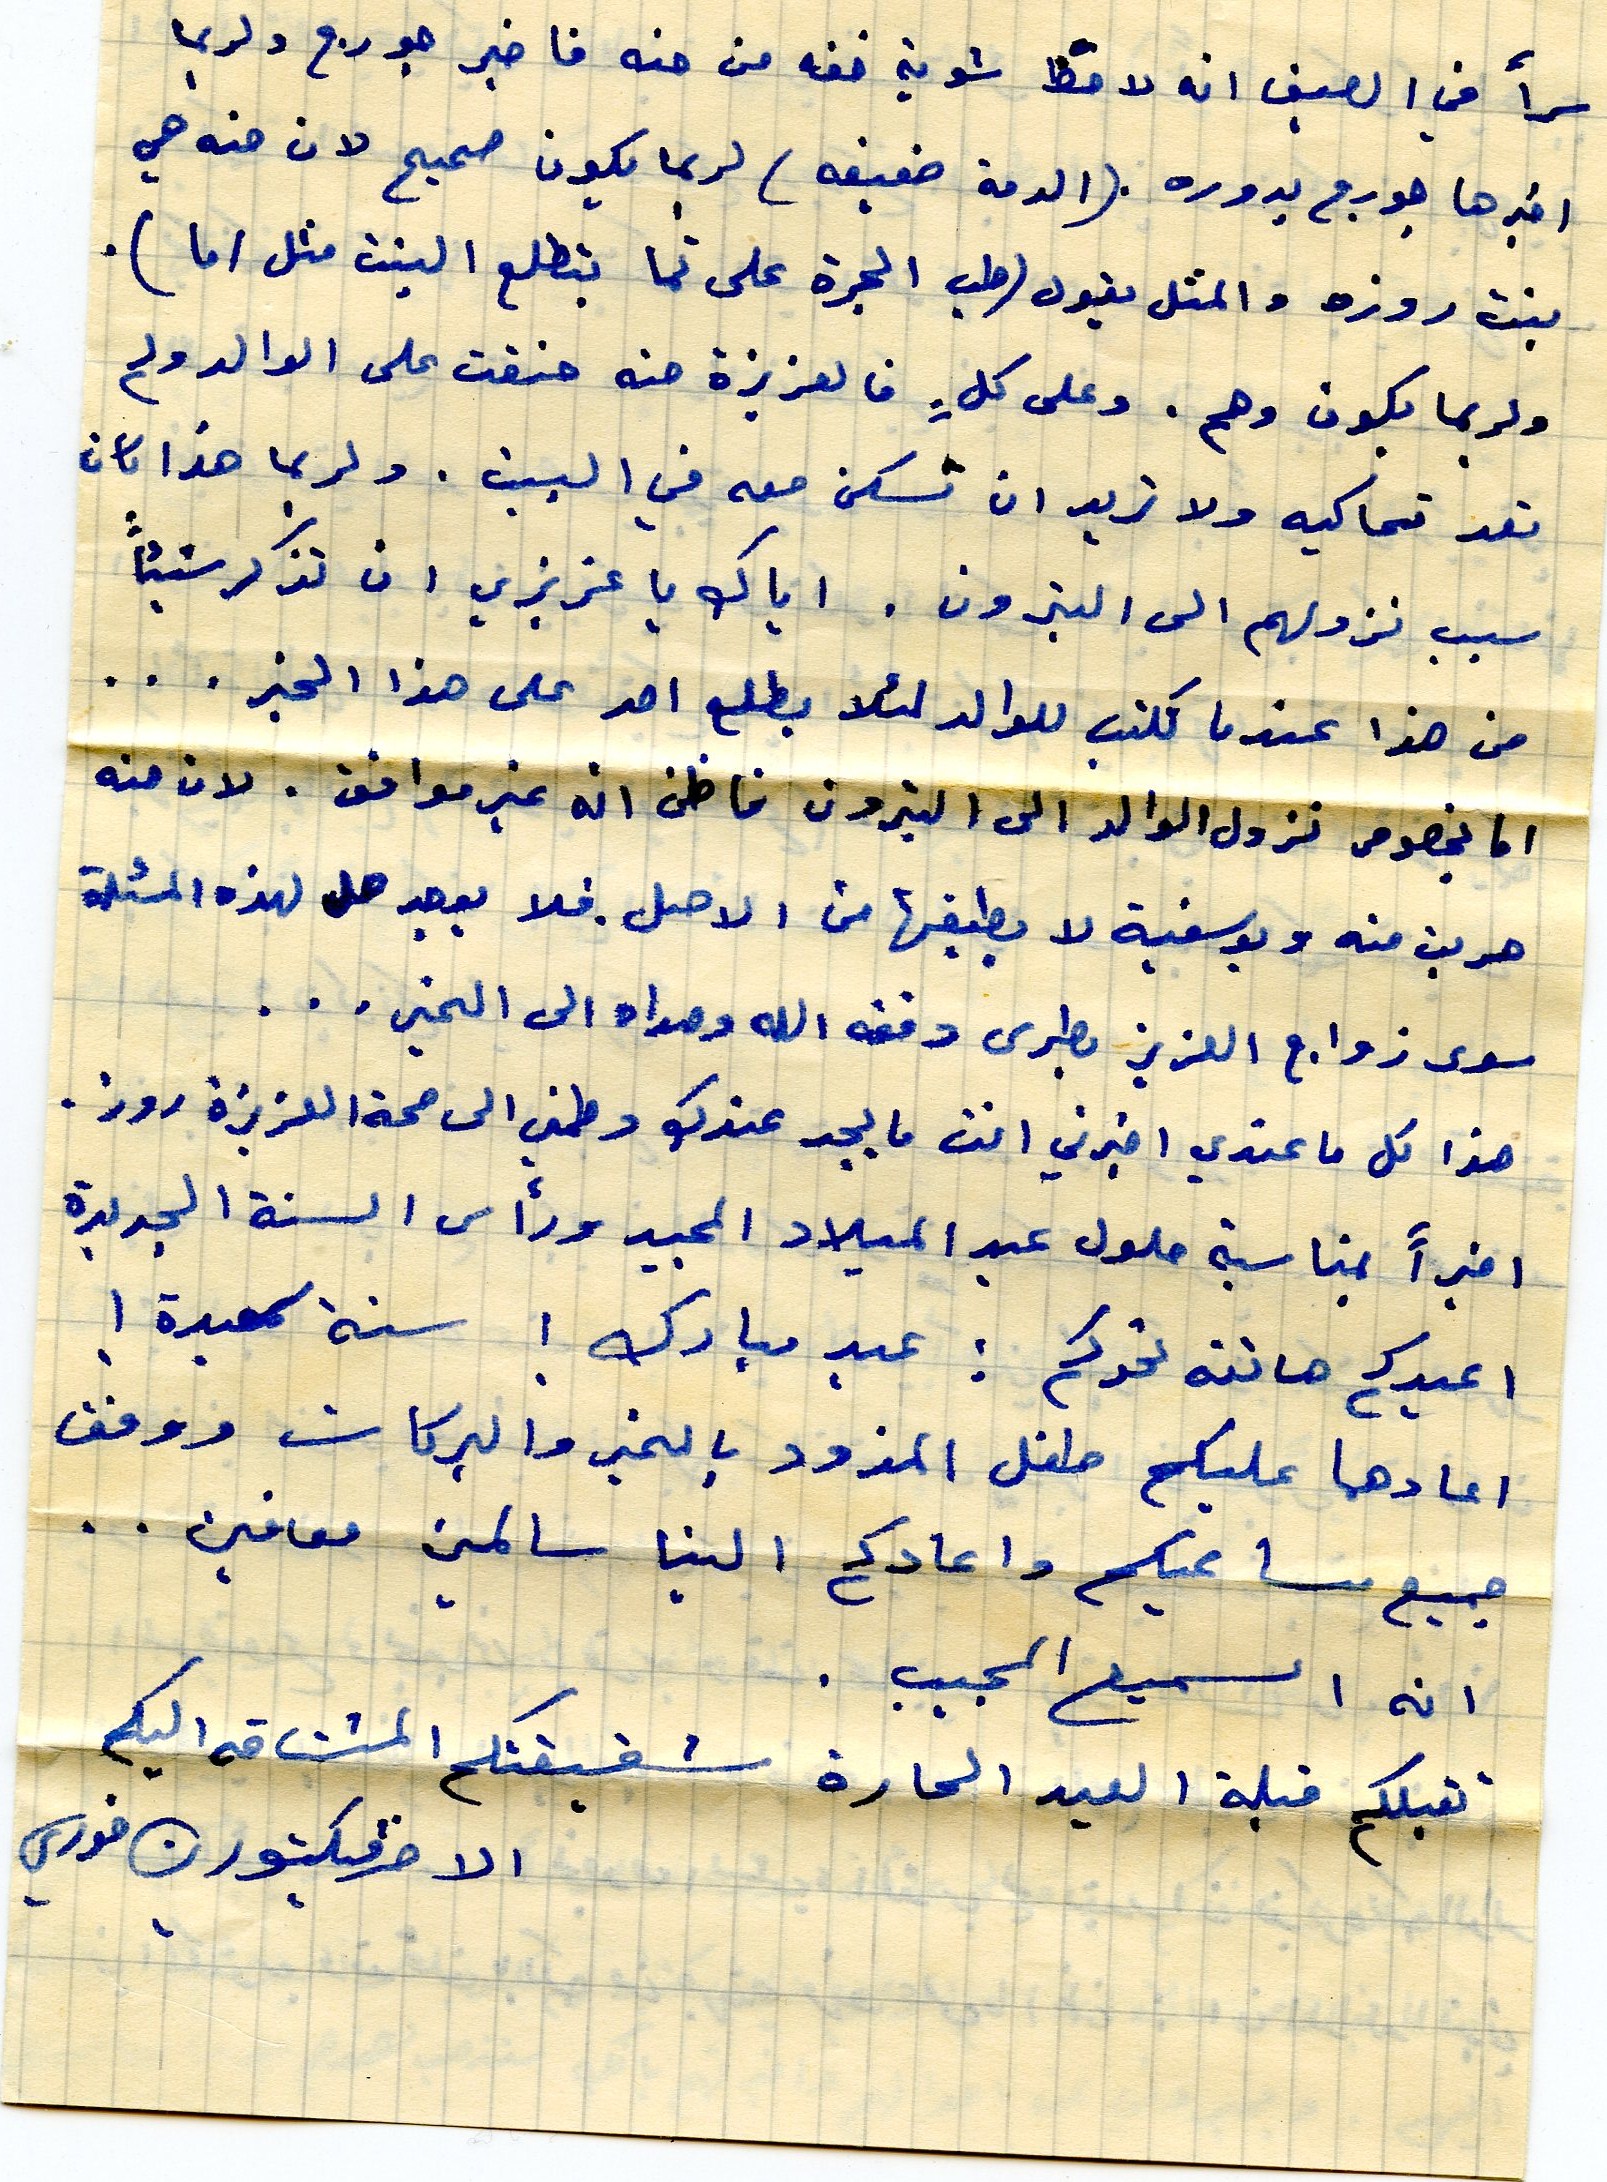
اسمأ في الصيف انه لاقط خفة من حنه فاخبر جورج ولربما
اخبرها جورج بدوره .(الدمة ضعيفه) لربما يكون صحيح لان حنه هي
بنت روزه والمثل يقول (طب الجرة على تما بتطلع النبت مثل اما).
ولربما بكون وهم. وعلى كلٍ فالعزيزة حنه حنقت على الوالد ولم
تعد تحاكيه ولا تريد ان تسكن معه في البيت. ولربما هذا كان
سبب نزولهم الى البترون . اياك يا عزيزي ان تذكر شيئاً
من هذا عندما تكتب للوالد لئلا يطلع احد على هذا الخبر...
اما بخصوص نزول الوالد الى البترون فاظن انه غير موافق . لان حنه
هربت منه ويوسفية لا يطيقها من الاصل. فلا يوجد حل لهذه المسئلة
سوى زواج العزيز بطرس وفقه الله وهداه الى الخير...
هذا كل ما عندي اخبرني انت ما يجد عندك وطمني الى صحة العزيزة روز.
اخيراً بمناسبة حلول عيد الميلاد المجيد ورأس السنة الجديدة
اعيدكم هاتنه تحدكم : عيد مبارك ! سنة سعيدة !
اعادها عليكم طفل المزود بالخير والبركات ووفق
جميع مساعيكم واعادكم الينا سالمين معافين...
انه اسميع المجيب .
تقبلكم قبلة العيد الحارة شقيقتكم المشتاقة اليكم
الاخت فيكتور ن خوري